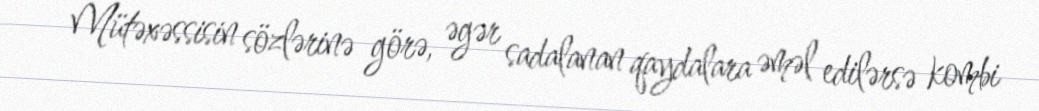
Mütəxəssisin sözlərinə görə, əgər sadalanan qaydalara əməl edilərsə kombi